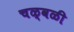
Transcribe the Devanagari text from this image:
चळ्वळी